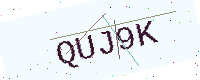
Text: QUJ9K